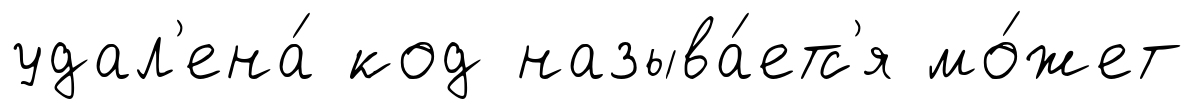
удал'ена́ код называ́етс'я мо́жет